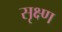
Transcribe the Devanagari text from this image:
सृक्ष्‍ण